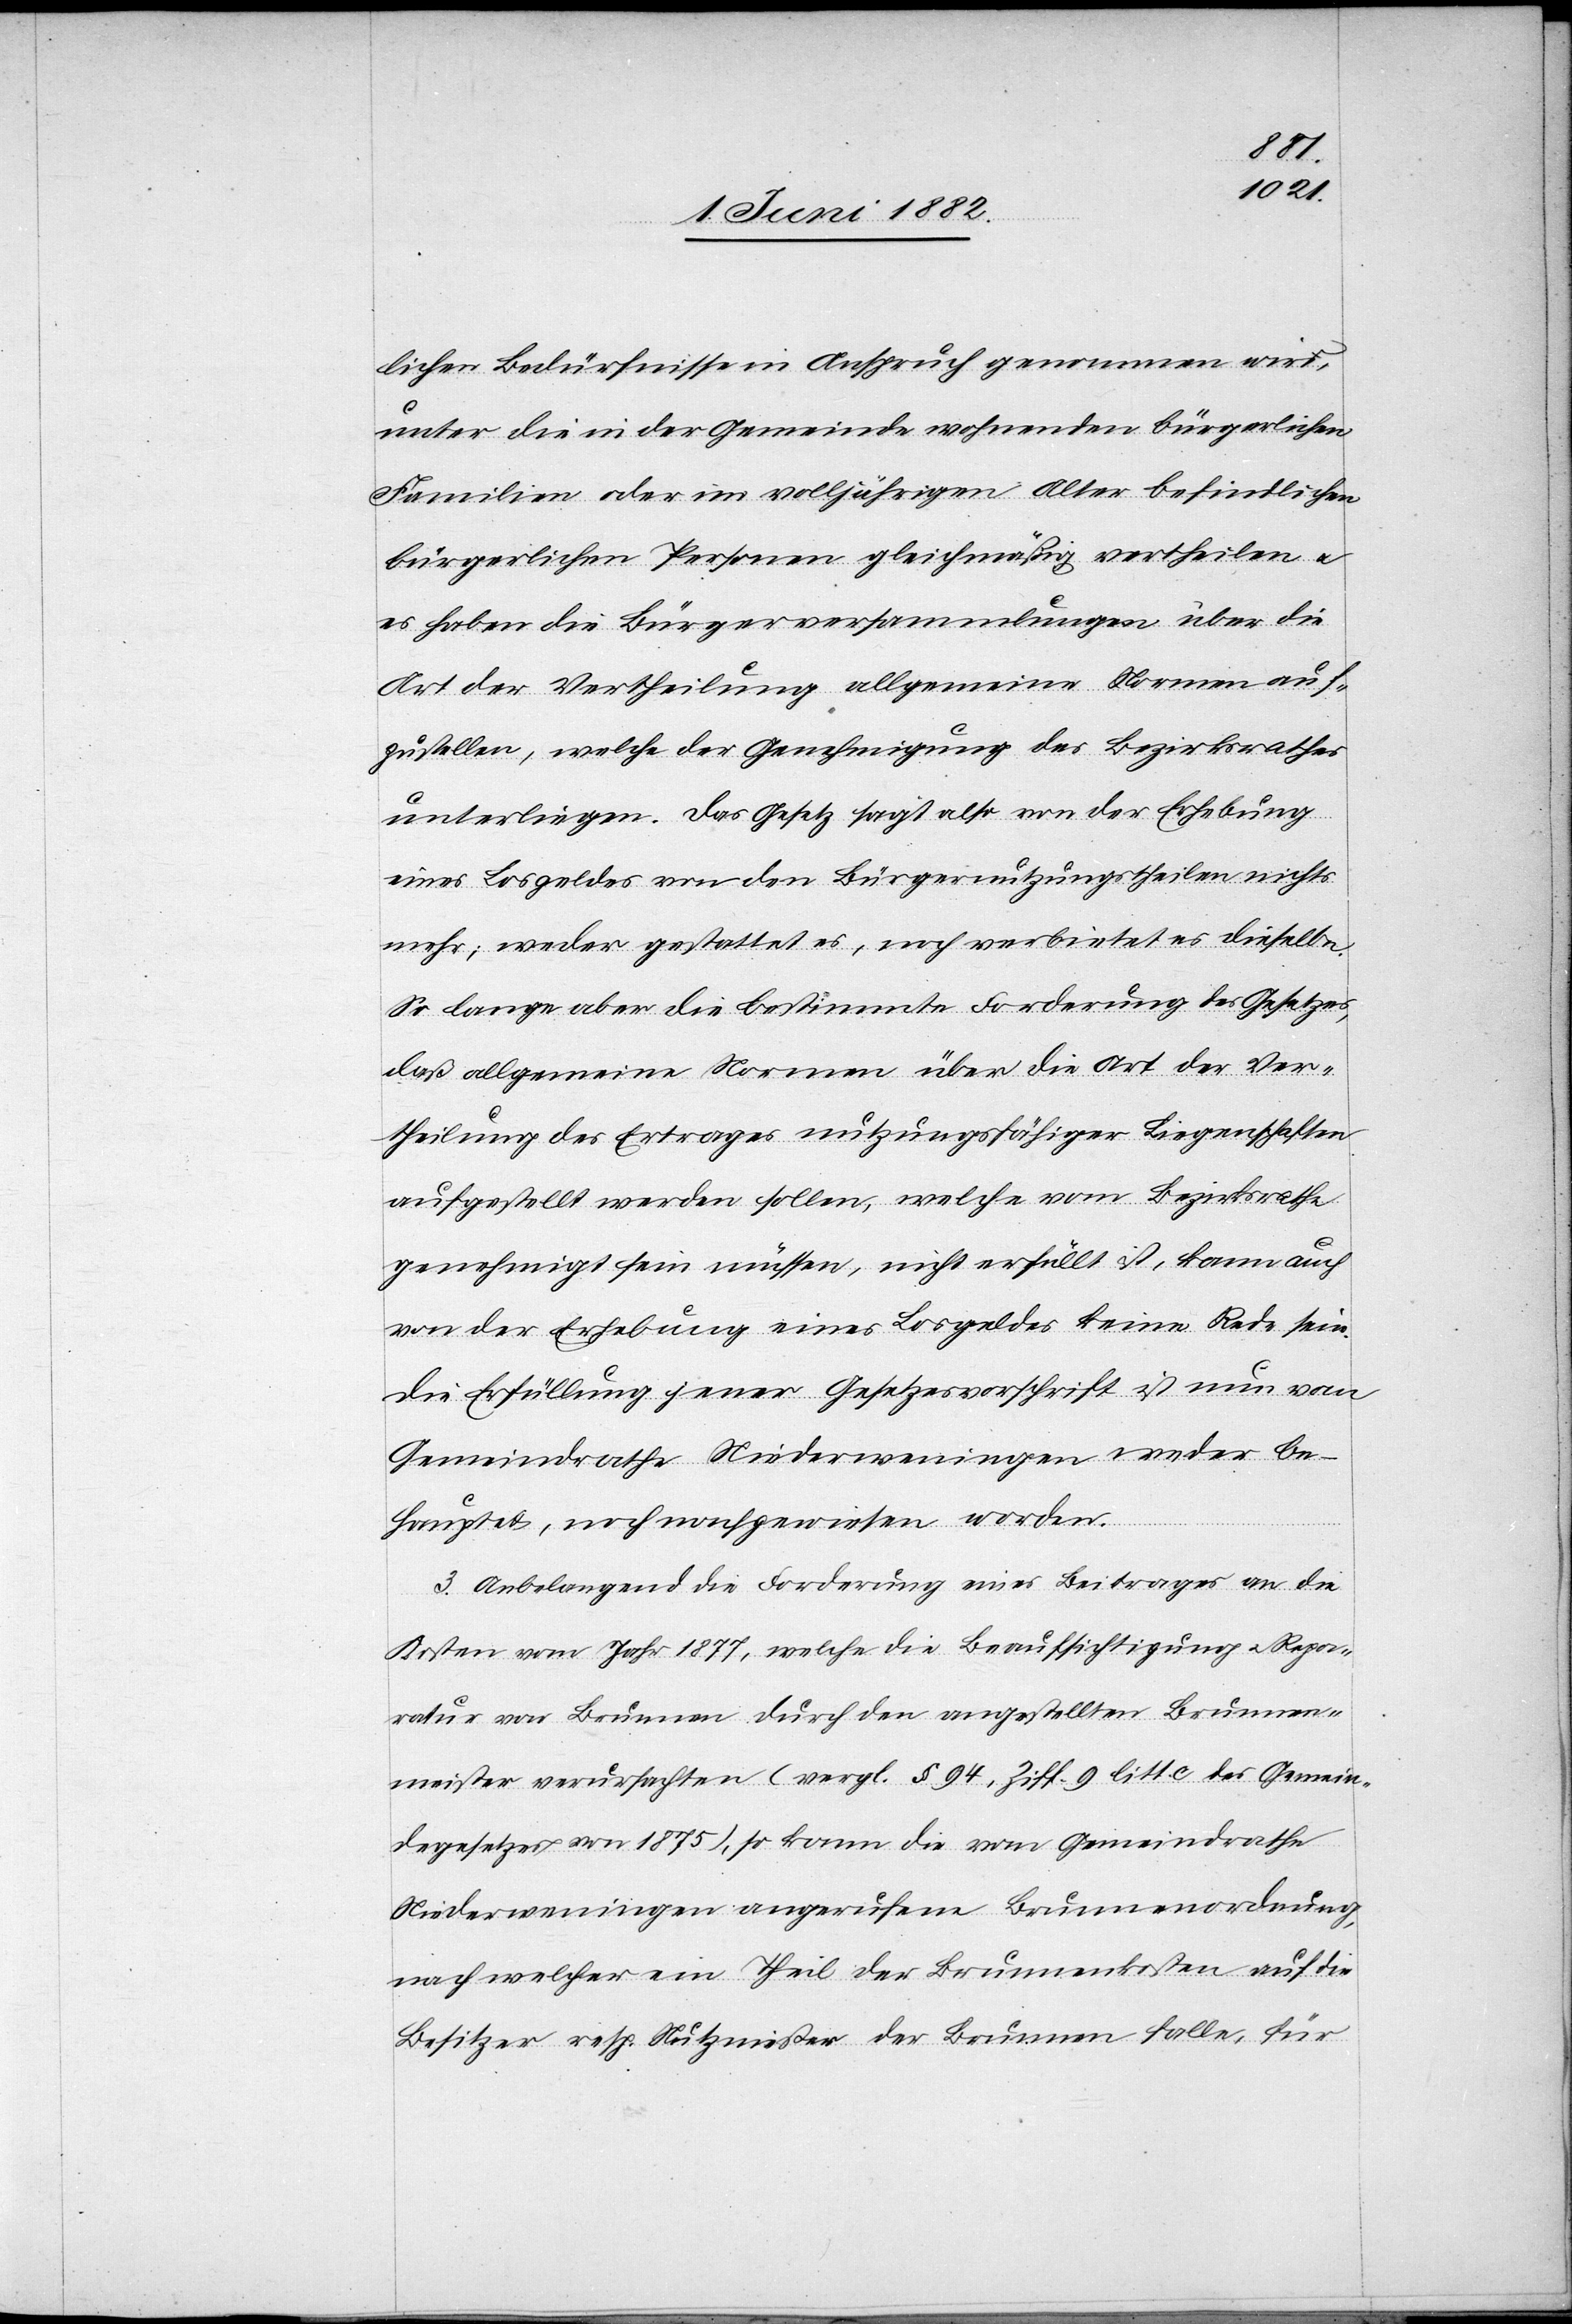
lichen Bedürfnisse in Anspruch genommen wird,
unter die in der Gemeinde wohnenden bürgerlichen
Familien oder im volljährigen Alter befindlichen
bürgerlichen Personen gleichmäßig vertheilen u.
es haben die Bürgerversammlungen über die
Art der Vertheilung allgemeine Normen auf¬
zustellen, welche der Genehmigung des Bezirksrathes
unterliegen. Das Gesetz sagt also von der Erhebung
eines Losgeldes von den Bürgernutzungstheilen nichts
mehr; weder gestattet es, noch verbietet es dieselbe.
So lange aber die bestimmte Forderung des Gesetzes,
daß allgemeine Normen über die Art der Ver¬
theilung des Ertrages nutzungsfähiger Liegenschaften
aufgestellt werden sollen, welche vom Bezirksrathe
genehmigt sein müssen, nicht erfüllt ist, kann auch
von der Erhebung eines Losgeldes keine Rede sein.
Die Erfüllung jener Gesetzesvorschrift ist nun vom
Gemeindrathe Niederweningen weder be¬
hauptet, noch nachgewiesen worden.
3. Anbelangend die Forderung eines Beitrages an die
Kosten vom Jahr 1877, welche die Beaufsichtigung u. Repa¬
ratur von Brunnen durch den angestellten Brunnen¬
meister verursachten (vergl. § 94, Ziff. 9 litt. c des Gemein¬
degesetzes von 1875), so kann die vom Gemeindrathe
Niederweningen angerufene Brunnenordnung,
nach welcher ein Theil der Brunnenkosten auf die
Besitzer resp. Nutznießer der Brunnen falle, für